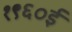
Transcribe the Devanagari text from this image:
१९६०ई